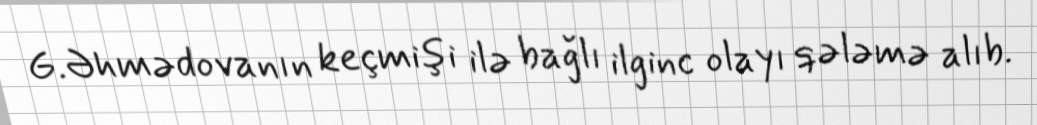
G.Əhmədovanın keçmişi ilə bağlı ilginc olayı qələmə alıb.